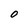
Character: O